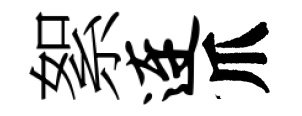
絮连爪